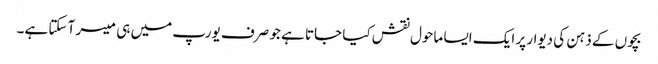
بچوں کے ذہن کی دیوار پر ایک ایسا ماحول نقش کیا جاتا ہے جو صرف یورپ میں ہی میسر آ سکتا ہے۔